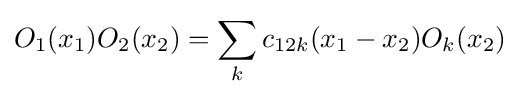
O_{1}(x_{1})O_{2}(x_{2})=\sum _{k}c_{12k}(x_{1}-x_{2})O_{k}(x_{2})